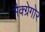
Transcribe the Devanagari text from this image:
मैक्ग्रेगोर